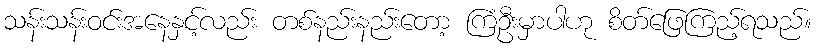
သန်းသန်းဝင်းအနေနှင့်လည်း တစ်နည်းနည်းတော့ ကြံဦးမှာပါဟု စိတ်ဖြေကြည့်ရသည်။